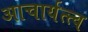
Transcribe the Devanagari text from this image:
आचार्यत्त्व